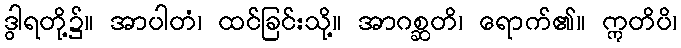
ဒွါရတို့၌။ အာပါတံ၊ ထင်ခြင်းသို့။ အာဂစ္ဆတိ၊ ရောက်၏။ ဣတိပိ၊